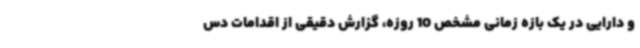
و دارایی در یک بازه زمانی مشخص 10 روزه، گزارش دقیقی از اقدامات دس